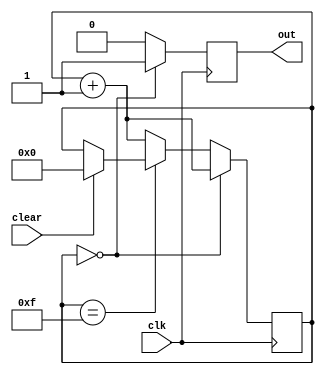
// This program was cloned from: https://github.com/MathBorgess/hardware_studies
// License: MIT License

module counter_up7_NR(
    input wire clk, clear, 
    output reg out
    );
    reg [4:0] count = 4'b1111;
    always @(posedge clk) 
        begin
            if (count == 4'b000) begin
                count = count + 1;        
                out = 1;
            end else if (count == 4'b1111) begin
                if(clear) begin
                count = 3'b000;
                end
                out = 0;
            end else begin 
                count = count + 1;
                out = 0;
            end
        end
endmodule